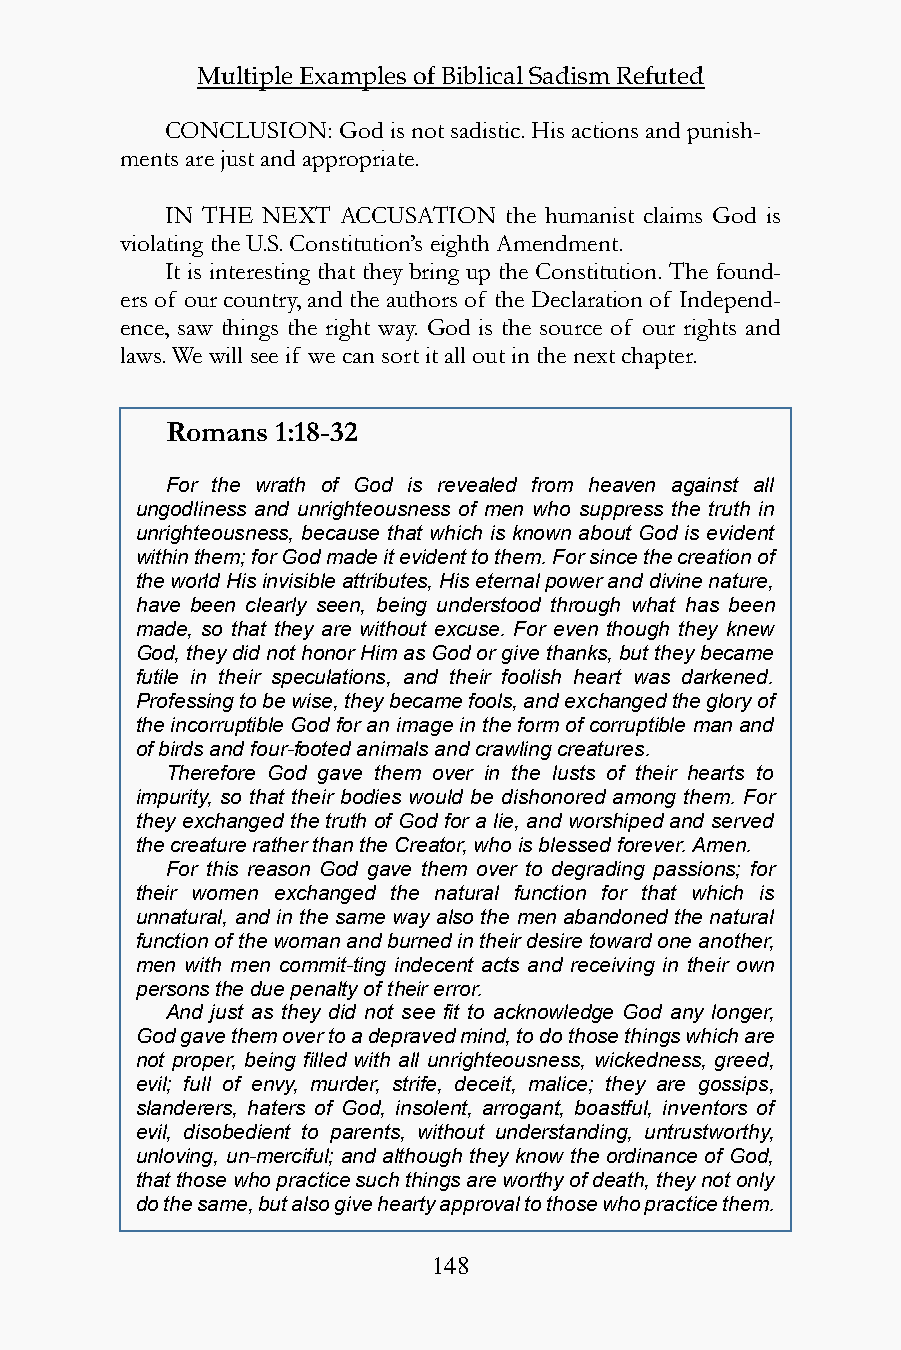
Multiple Examples of Biblical Sadism Refuted
 CONCLUSION: God is not sadistic. His actions and punish-
 ments are just and appropriate.
 IN THE NEXT ACCUSATION the humanist claims God is
 violating the U.S. Constitution’s eighth Amendment.
 It is interesting that they bring up the Constitution. The found-
 ers of our country, and the authors of the Declaration of Independ-
 ence, saw things the right way. God is the source of our rights and
 laws. We will see if we can sort it all out in the next chapter.
 Romans 1:18-32
 For the wrath of God is revealed from heaven against all
 ungodliness and unrighteousness of men who suppress the truth in
 unrighteousness, because that which is known about God is evident
 within them; for God made it evident to them. For since the creation of
 the world His invisible attributes, His eternal power and divine nature,
 have been clearly seen, being understood through what has been
 made, so that they are without excuse. For even though they knew
 God, they did not honor Him as God or give thanks, but they became
 futile in their speculations, and their foolish heart was darkened.
 Professing to be wise, they became fools, and exchanged the glory of
 the incorruptible God for an image in the form of corruptible man and
 of birds and four-footed animals and crawling creatures.
 Therefore God gave them over in the lusts of their hearts to
 impurity, so that their bodies would be dishonored among them. For
 they exchanged the truth of God for a lie, and worshiped and served
 the creature rather than the Creator, who is blessed forever. Amen.
 For this reason God gave them over to degrading passions; for
 their women exchanged the natural function for that which is
 unnatural, and in the same way also the men abandoned the natural
 function of the woman and burned in their desire toward one another,
 men with men commit-ting indecent acts and receiving in their own
 persons the due penalty of their error.
 And just as they did not see fit to acknowledge God any longer,
 God gave them over to a depraved mind, to do those things which are
 not proper, being filled with all unrighteousness, wickedness, greed,
 evil; full of envy, murder, strife, deceit, malice; they are gossips,
 slanderers, haters of God, insolent, arrogant, boastful, inventors of
 evil, disobedient to parents, without understanding, untrustworthy,
 unloving, un-merciful; and although they know the ordinance of God,
 that those who practice such things are worthy of death, they not only
 do the same, but also give hearty approval to those who practice them.
 148